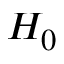
H _ { 0 }